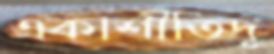
একাশীতিদূ